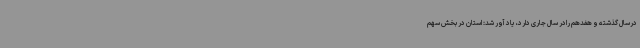
درسال گذشته و هفدهم رادر سال جاری دارد، یاد آور شد: استان در بخش سهم